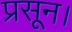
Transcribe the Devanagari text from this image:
प्रसून।